Vital statistics of India. Vol. IV, Annual returns from 1871 to 1876. British Army of India, Native Army and jails of Bengal
Year: 1871
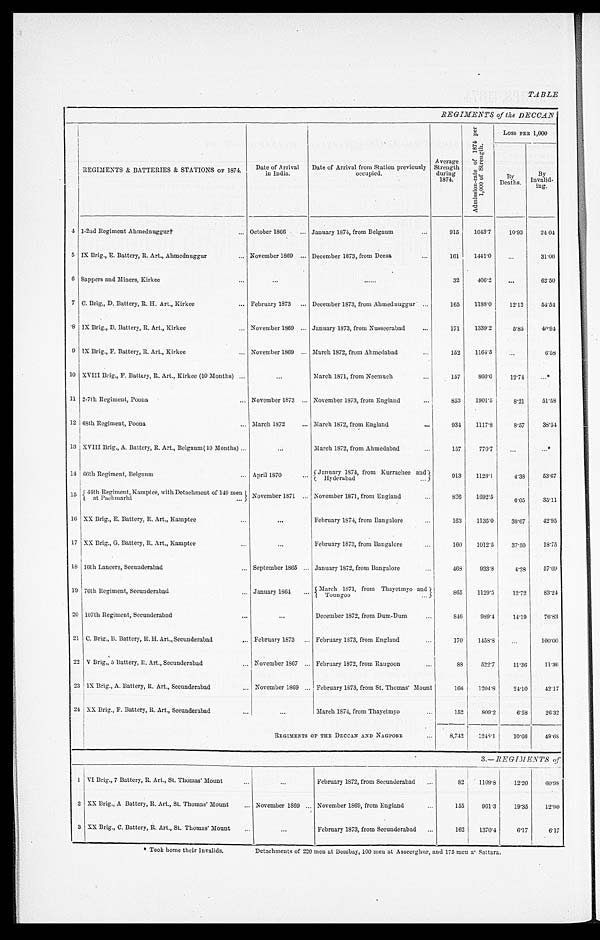
TABLE
REGIMENTS of the DECCAN
REGIMENTS & BATTERIES & STATIONS OF 1874.
Date of Arrival
in India.
Date of Arrival from Station previously
occupied.
Average
Strength during
1874.
A d m i s s i o n - r a t e o f 1 8 7 4 p e r 1 , 0 0 0 o f S t r e n g t h .
Loss PER 1,000
B y
Deaths.
By
Invalid-
ing.
4 1-2nd Regiment Ahmednuggur† . . . October 1866 . . . January 1874, from Belgaum . . .
915
1043.7
10.93
24 04
5 IX Brig., E. Battery, R. Art., Ahmednuggur . . . November 1869 . . . December 1873, from Deesa . . .
161
1441.0
. . .
31.06
6 Sappers and Miners, Kirkee . . .
. . .
. . .
32
406.2
. . .
62.50
7
C. Brig., D. Battery, R. H. Art., Kirkee . . . February 1873 . . . December 1873, from Ahmednuggur . . .
165
1188.0
12.12
54.54
8 IX Brig., D. Battery, R. Art., Kirkee . . . November 1869 . . .
January 1873, from Nusseerabad . . .
171
1339.2
5.85
40.94
9 IX Brig., F. Battery, R. Art., Kirkee . . . November 1869 . . .
March 1872, from Ahmedabad . . .
152
1164.5
. . .
6.58
10 XVIII Brig., F. Battery, R. Art., Kirkee (10 Months) . . .
. . .
March 1871, from Neemuch . . .
1 5 7
860.0
12.74
. . . *
11 2-7th Regiment, Poona . . .
November 1873 . . .
November 1873, from England . . .
853
1901.5
8.21
51.58
12 68th Regiment, Poona . . .
March 1872 . . .
March 1872, from England . . .
934
1117.8
8.57
38.54
13 XVIII Brig., A. Battery, R. Art., Belgaum( 10 Months) . . .
. . .
March 1872, from Ahmedabad . . .
157
770.7
. . .
. . . *
14 66th Regiment, Belgaum . . .
A p r i l 1 8 7 0 . . .
January 1874, from Kurrachee and
Hyderabad . . .
913
1128.1
4.38
53.67
1 5
44th Regiment, Kamptee, with Detachment of 149 men
at Pachmarhi . . .
November 1871 . . . November 1871, from England . . .
826
1692.5
6.05
35.11
16 XX Brig., E. Battery, R. Art., Kamptee . . .
. . .
February 1874, from Bangalore . . .
163
1135.0
30.67
42.95
17 XX Brig., G. Battery, R. Art., Kamptee . . .
. . .
February 1873, from Bangalore . . .
1 6 0
1012.5
37.50
18.75
18 16th Lancers, Secunderabad . . . September 1865 . . . January 1872, from Bangalore . . .
468
933.8
4.28
57.69
19 76th Regiment, Secunderabad . . . January 1864 . . .
March 1871, from Thayetmyo and Toungoo . . .
865
1129.5
12.72
83.24
20 107th Regiment, Secunderabad . . .
. . .
December 1872, from Dum-Dum . . .
846
989.4
14.19
76.83
21 C. Brig., B. Battery, R.H. Art., Secunderabad . . . February 1873 . . .
February 1873, from England . . .
170
1458.8
. . .
100.00
22 V Brig., 5 Battery, R. Art., Secunderabad . . . November 1867 . . .
February 1872, from Rangoon . . .
88
522.7
11.36
11.36
23 IX Brig., A. Battery, R. Art., Secunderabad . . . November 1869 . . . February 1873, from St. Thomas' Mount
166
1204.8
24.10
42.17
24 XX Brig., F. Battery, R. Art., Secunderabad . . .
. . .
March 1874, from Thayetmyo . . .
152
809.2
6.58
26.32
REGIMENTS OF THE DECCAN AND NAGPORE . . .
8,742
1248.1
10.66
49.68
3 . — R E G I M E N T S o f
1 VI Brig., 7 Battery, R. Art., St. Thomas' Mount . . .
. . . February 1872, from Secunderabad . . .
82
1109.8
12.20
60.98
2 XX Brig., A Battery, R. Art., St. Thomas' Mount . . .
November 1869 . . . November 1869, from England . . .
155
961.3
19.35
12.90
3 XX Brig., C. Battery, R. Art., St. Thomas' Mount
. . .
. . .
February 1873, from Secunderabad . . .
162
1370.4
6.17
6.17
* Took home their Invalids.
Detachments of 220 men at Bombay, 100 men at Asseerghur, and 175 men at Sattara.